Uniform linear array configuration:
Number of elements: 24
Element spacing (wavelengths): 0.25
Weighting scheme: exponential
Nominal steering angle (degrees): -30
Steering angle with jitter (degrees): -29.733
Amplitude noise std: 0.05
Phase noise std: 0.05

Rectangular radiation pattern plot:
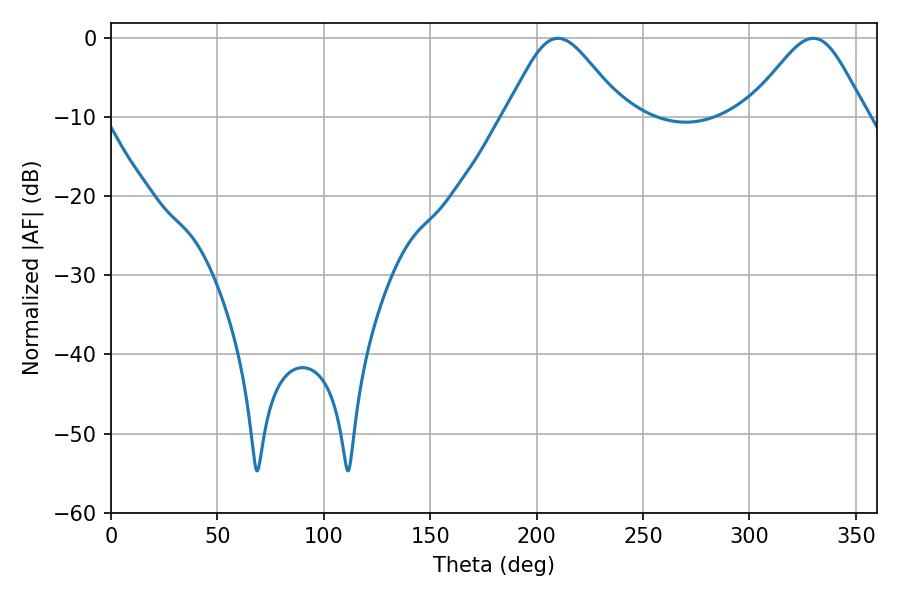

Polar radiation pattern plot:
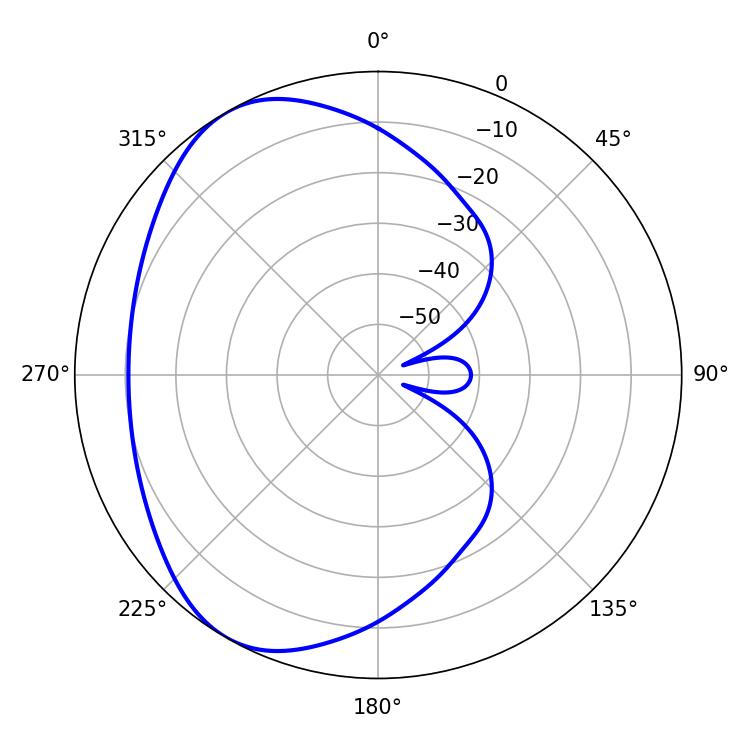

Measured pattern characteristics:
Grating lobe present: FALSE
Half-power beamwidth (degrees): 27.36
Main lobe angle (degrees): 210.06